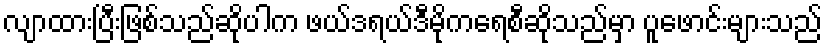
လျာထားပြီးဖြစ်သည်ဆိုပါက ဖယ်ဒရယ်ဒီမိုကရေစီဆိုသည်မှာ ပူဖောင်းများသည်